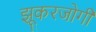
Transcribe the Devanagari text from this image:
झूकरजोगी